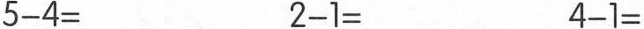
$$5 - 4 =$$$$2 - 1 =$$$$4 - 1 =$$